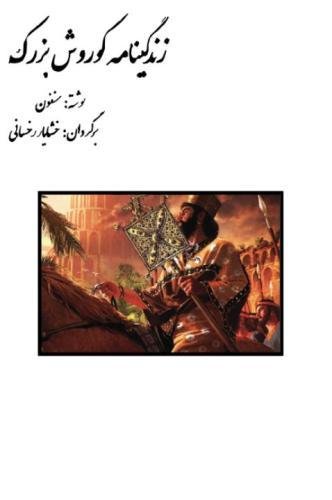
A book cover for Cyrus The Great: Biography of Cyrus The Great (Persian Edition); Xenophon; History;